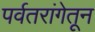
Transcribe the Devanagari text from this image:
पर्वतरांगेतून